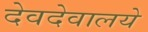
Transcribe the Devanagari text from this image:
देवदेवालये